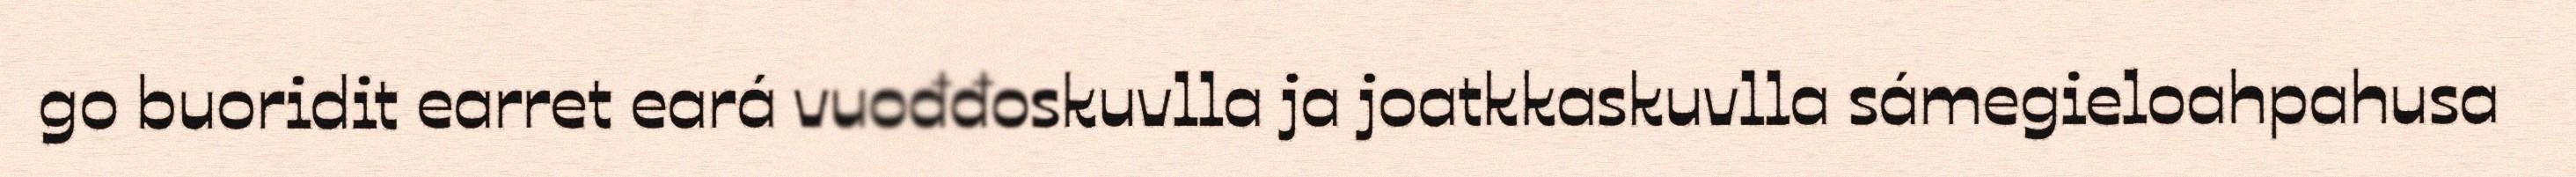
go buoridit earret eará vuođđoskuvlla ja joatkkaskuvlla sámegieloahpahusa